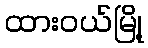
ထားဝယ်မြို့